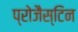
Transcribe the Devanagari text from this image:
प्रोजैस्टिन